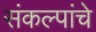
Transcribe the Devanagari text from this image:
संकल्पांचे